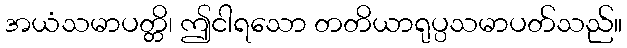
အယံသမာပတ္တိ၊ ဤငါရသော တတိယာရုပ္ပသမာပတ်သည်။